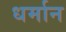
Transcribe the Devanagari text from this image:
धर्मान